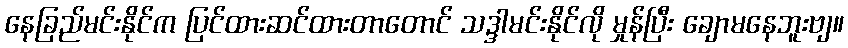
နေခြည်မင်းနိုင်က ပြင်ထားဆင်ထားတာတောင် သဒ္ဒါမင်းနိုင်လို မှုန်ပြီး ချောမနေဘူးဗျ။